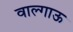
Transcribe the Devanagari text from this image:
वाल्गाऊ